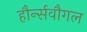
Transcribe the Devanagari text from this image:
हौर्न्सवौगल